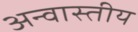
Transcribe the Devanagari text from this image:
अन्वास्तीय